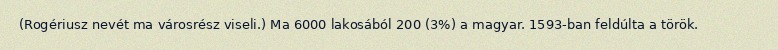
(Rogériusz nevét ma városrész viseli.) Ma 6000 lakosából 200 (3%) a magyar. 1593-ban feldúlta a török.